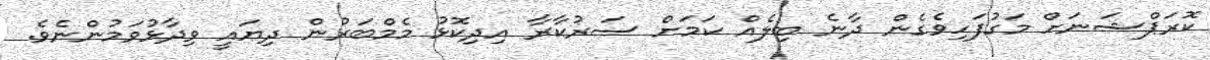
ކޮރަޕްޝަނަށް މަގުފަހިވެގެން ދާނެ ބިލެއް ކަމަށް ސަރުކާރާ އިދިކޮޅު މެމްބަރުން ދިޔައީ ވިދާޅުވަމުންނެވެ.